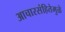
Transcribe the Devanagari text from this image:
आचारसंहितेमुळे